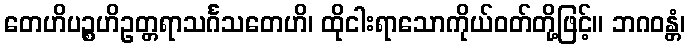
တေဟိပဉ္စဟိဥတ္တရာသင်္ဂသတေဟိ၊ ထိုငါးရာသောကိုယ်ဝတ်တို့ဖြင့်။ ဘဂဝန္တံ၊